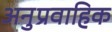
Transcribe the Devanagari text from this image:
अनुप्रवाहिक